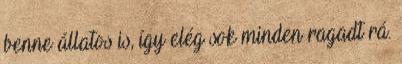
benne állatos is, így elég sok minden ragadt rá.